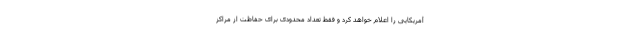
آمریکایی را اعلام خواهد کرد و فقط تعداد محدودی برای حفاظت از مراکز